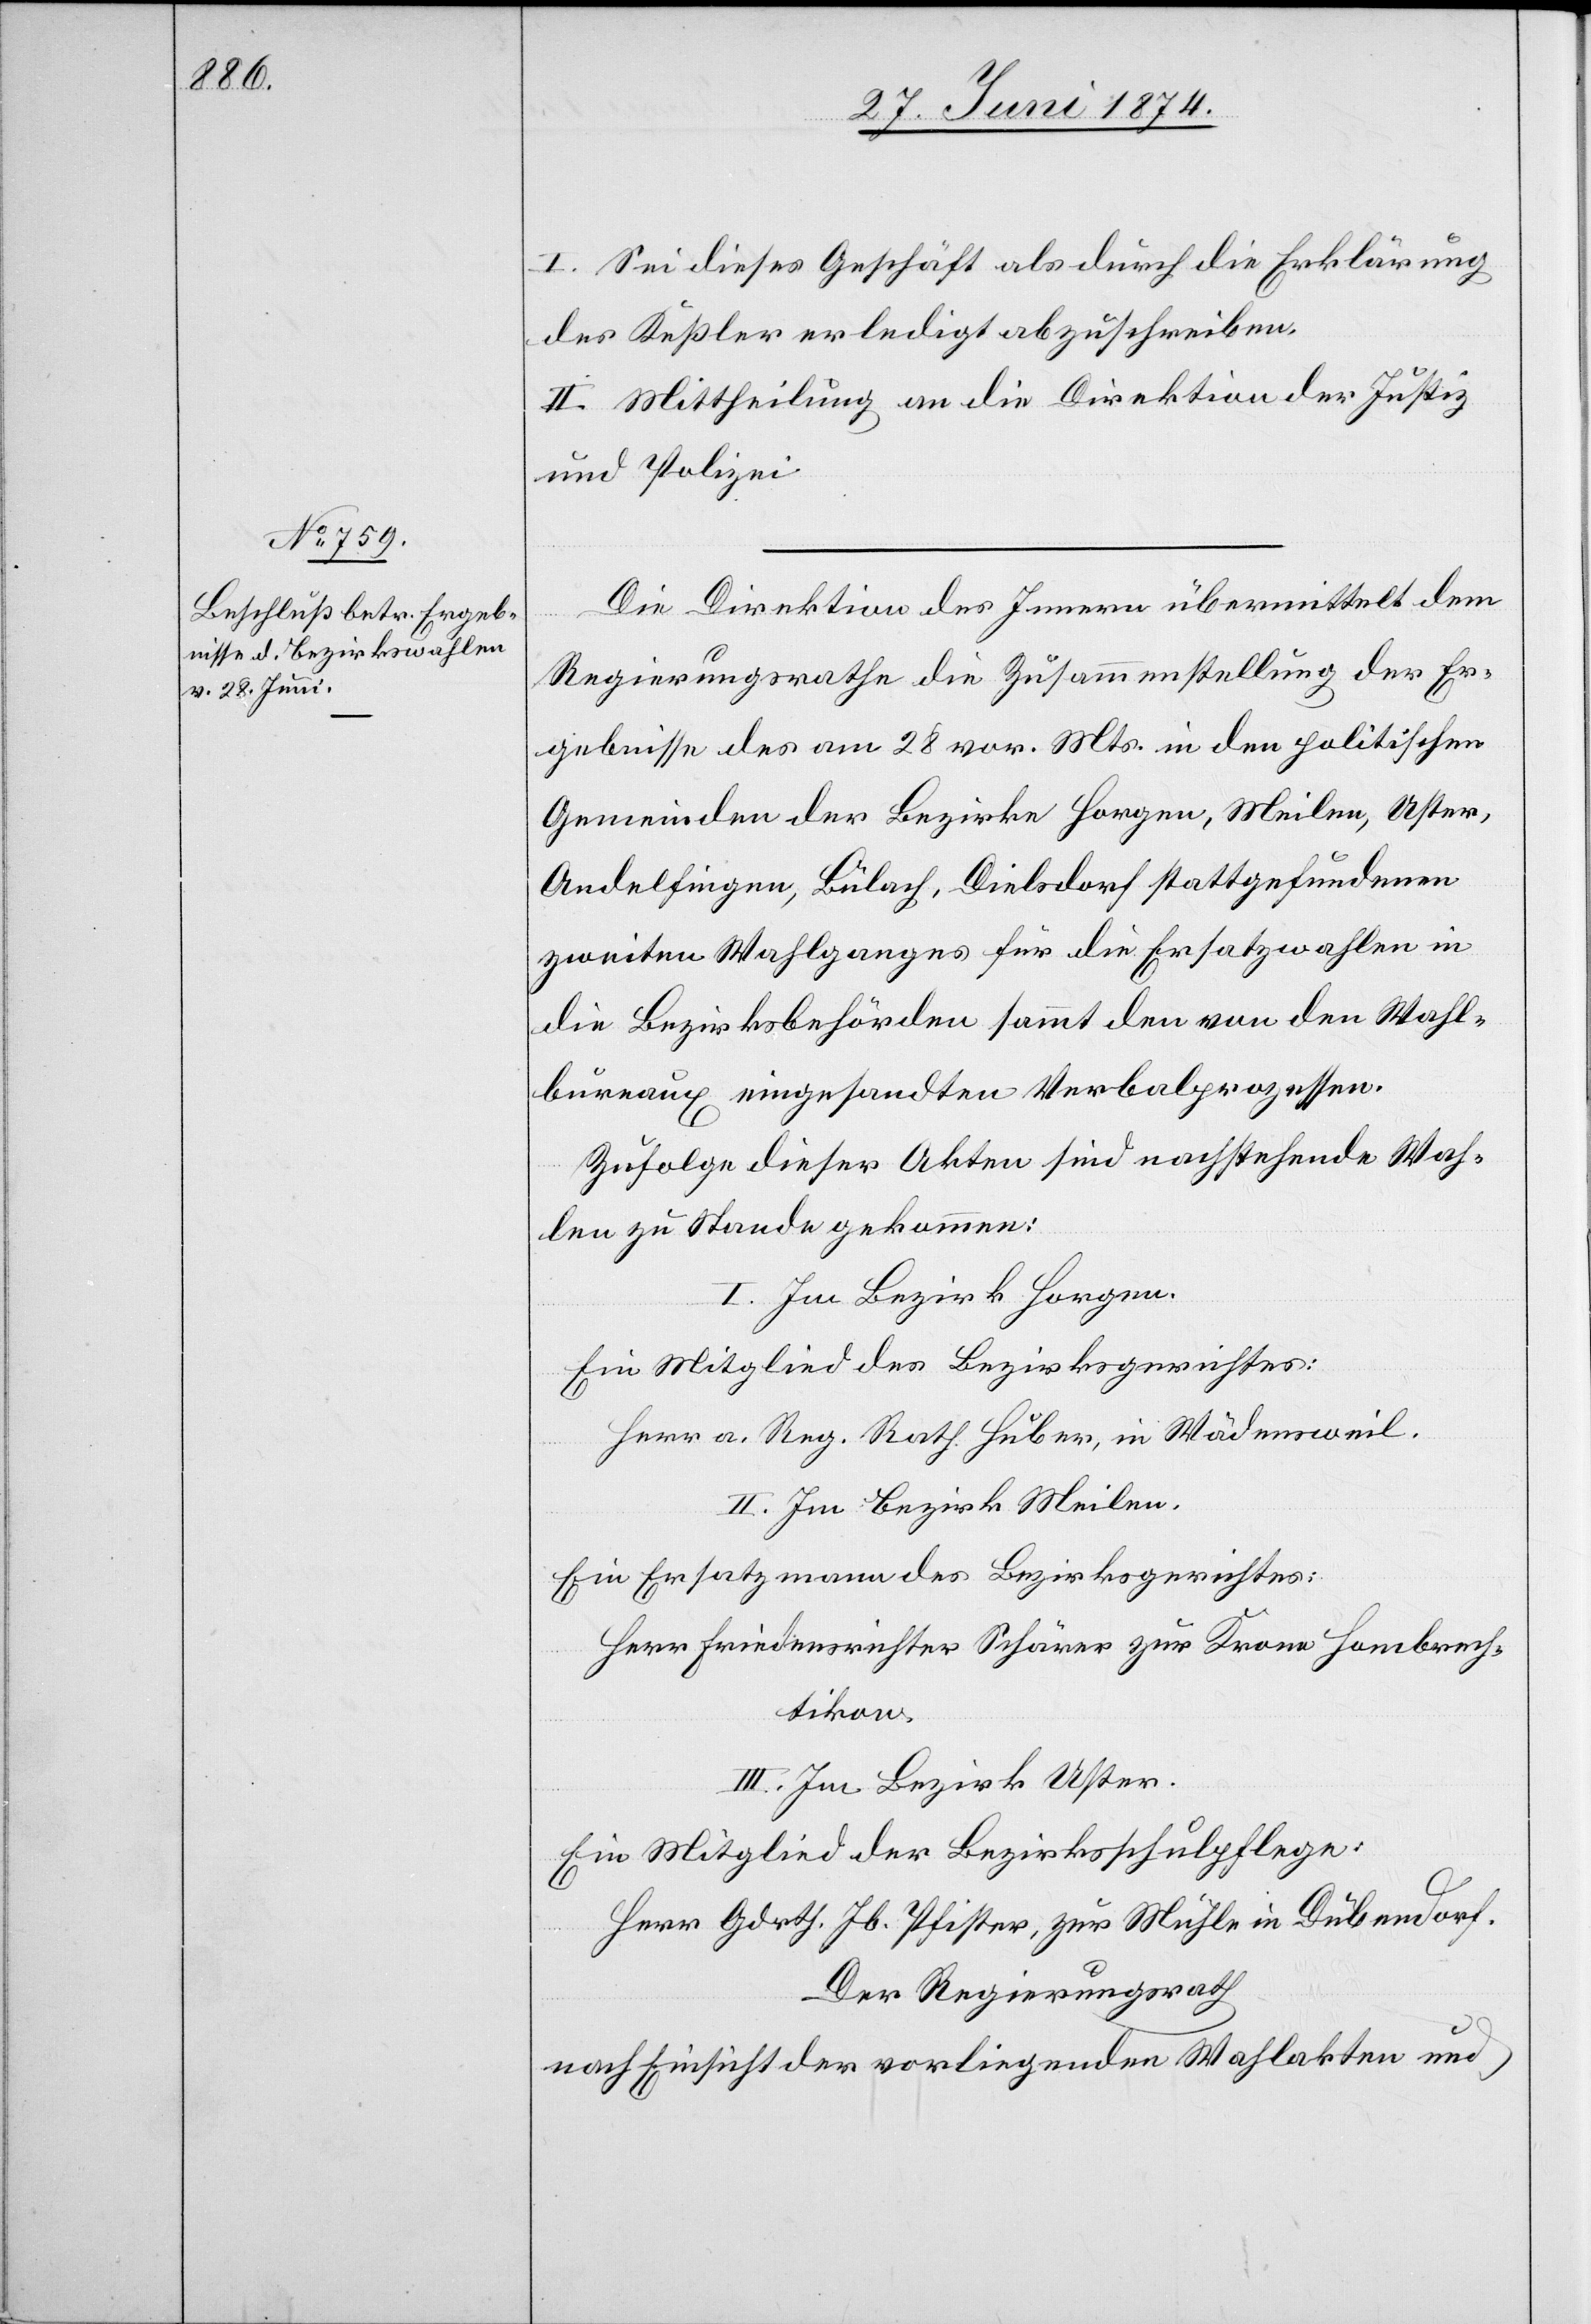
I. Sei dieses Geschäft als durch die Erklärung
des Keßler erledigt abzuschreiben.
II. Mittheilung an die Direktion der Justiz
und Polizei.
Die Direktion des Innern übermittelt dem
Regierungsrathe die Zusammenstellung der Er¬
gebnisse des am 28. vor. Mts. in den politischen
Gemeinden der Bezirke Horgen, Meilen, Uster,
Andelfingen, Bülach, Dielsdorf stattgefundenen
zweiten Wahlganges für die Ersatzwahlen in
die Bezirksbehörden sammt den von den Wahl¬
bureaux eingesandten Verbalprozessen.
Zufolge dieser Akten sind nachstehende Wah¬
len zu Stande gekommen:
I. Im Bezirk Horgen.
Ein Mitglied des Bezirksgerichtes:
Herr a. Reg. Rath Huber, in Wädensweil.
II. Im Bezirk Meilen.
Ein Ersatzmann des Bezirksgerichtes:
Herr Friedensrichter Schärer zur Krone Hombrech¬
tikon.
III. Im Bezirk Uster.
Ein Mitglied der Bezirksschulpflege:
Herr Gdrth. Jb. Pfister, zur Mühle in Dübendorf.
Der Regierungsrath
nach Einsicht der vorliegenden Wahlakten und